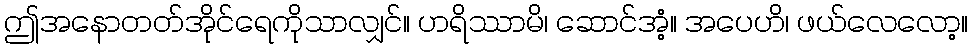
ဤအနောတတ်အိုင်ရေကိုသာလျှင်။ ဟရိဿာမိ၊ ဆောင်အံ့။ အပေဟိ၊ ဖယ်လေလော့။